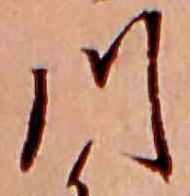
川